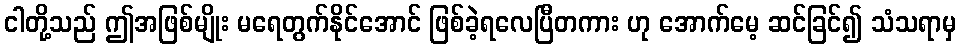
ငါတို့သည် ဤအဖြစ်မျိုး မရေတွက်နိုင်အောင် ဖြစ်ခဲ့ရလေပြီတကား ဟု အောက်မေ့ ဆင်ခြင်၍ သံသရာမှ